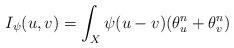
LaTeX: \begin{align*}I_{\psi}(u,v) = \int_{X} \psi(u-v)(\theta^{n}_{u} + \theta^{n}_{v})\end{align*}